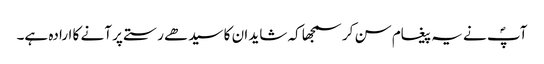
آپؐ نے یہ پیغام سن کر سمجھا کہ شاید ان کا سیدھے رستے پر آنے کا ارادہ ہے۔